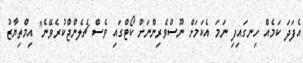
އެފަދަ ކަމެއް ހިނގައިފި ނަމަ އެކަމަށް ނޫސްވެރިންނަށް ކޯޓްގައި ވެސް ޗެލެންޖްކުރެވޭނެ" އިމްތިޔާޒު